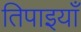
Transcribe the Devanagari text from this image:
तिपाइयाँ